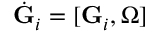
\dot { \bf G } _ { i } = [ { \bf G } _ { i } , { \boldsymbol \Omega } ]